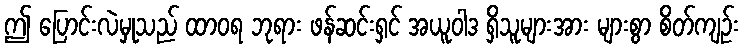
ဤ ပြောင်းလဲမှုသည် ထာဝရ ဘုရား ဖန်ဆင်းရှင် အယူဝါဒ ရှိသူများအား များစွာ စိတ်ကျဉ်း